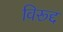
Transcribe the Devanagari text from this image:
विरूद्द